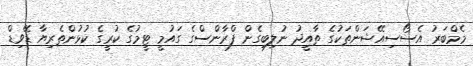
މެމްބަރު އެސޯސިއޭޝަންތަކުގެ ތާއީދު ނުލިބިގެން ފްރާންސްގެ ގައުމީ ޓީމުގެ ކުރީގެ ކުޅުންތެރިޔާ ޑޭވިޑް